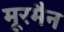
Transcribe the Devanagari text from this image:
मूरमैन